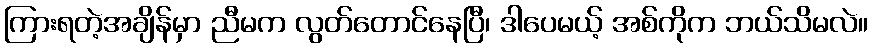
ကြားရတဲ့အချိန်မှာ ညီမက လွတ်တောင်နေပြီ၊ ဒါပေမယ့် အစ်ကိုက ဘယ်သိမလဲ။